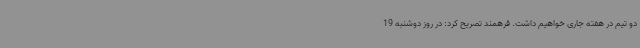
دو تیم در هفته جاری خواهیم داشت. فرهمند تصریح کرد: در روز دوشنبه 19